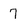
Character: 7